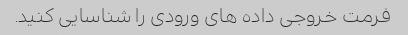
فرمت خروجی داده های ورودی را شناسایی کنید.